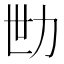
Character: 𱐬